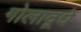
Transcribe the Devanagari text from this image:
गोलाद्र्धे